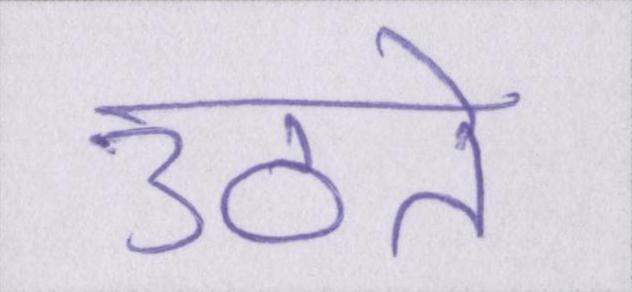
उठते